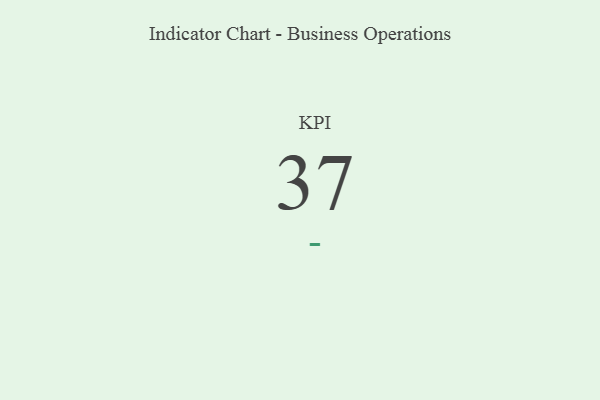
{"axis": {"x": "KPI", "y": "Value"}, "legend": [""], "data": [{"x": "KPI", "y": 37, "type": ""}]}